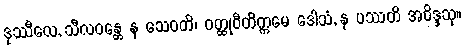
ဒုဿီလေ, သီလဝန္တေ န သေဝတိ၊ ဝတ္ထုဝီတိက္ကမေ ဒေါသံ, န ပဿတိ အဝိဒ္ဒသု။